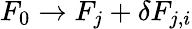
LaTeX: F_{0}\rightarrow F_{j}+\delta F_{j,i}